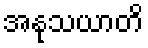
အနုသယာတိ